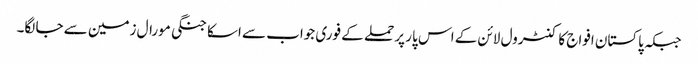
جبکہ پاکستان افواج کا کنٹرول لائن کے اس پار پر حملے کے فوری جواب سے اسکا جنگی مورال زمین سے جا لگا۔